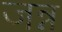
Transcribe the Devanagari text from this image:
जन्न